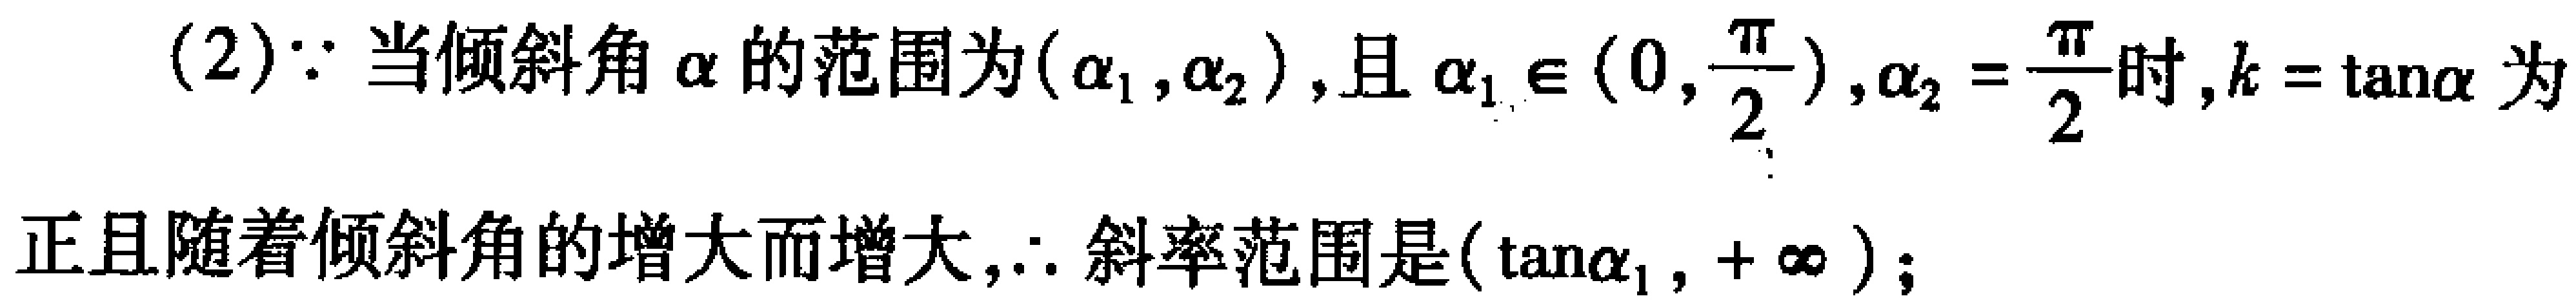
(2)$\because$当倾斜角$\alpha$的范围为$(\alpha_1,\alpha_2)$，且$\alpha_1\in(0,\frac{\pi}{2})$，$\alpha_2 = \frac{\pi}{2}$时，$k = \tan\alpha$为正且随着倾斜角的增大而增大，$\therefore$斜率范围是$(\tan\alpha_1,+\infty)$；